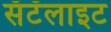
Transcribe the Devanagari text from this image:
सॅटॅलाइट